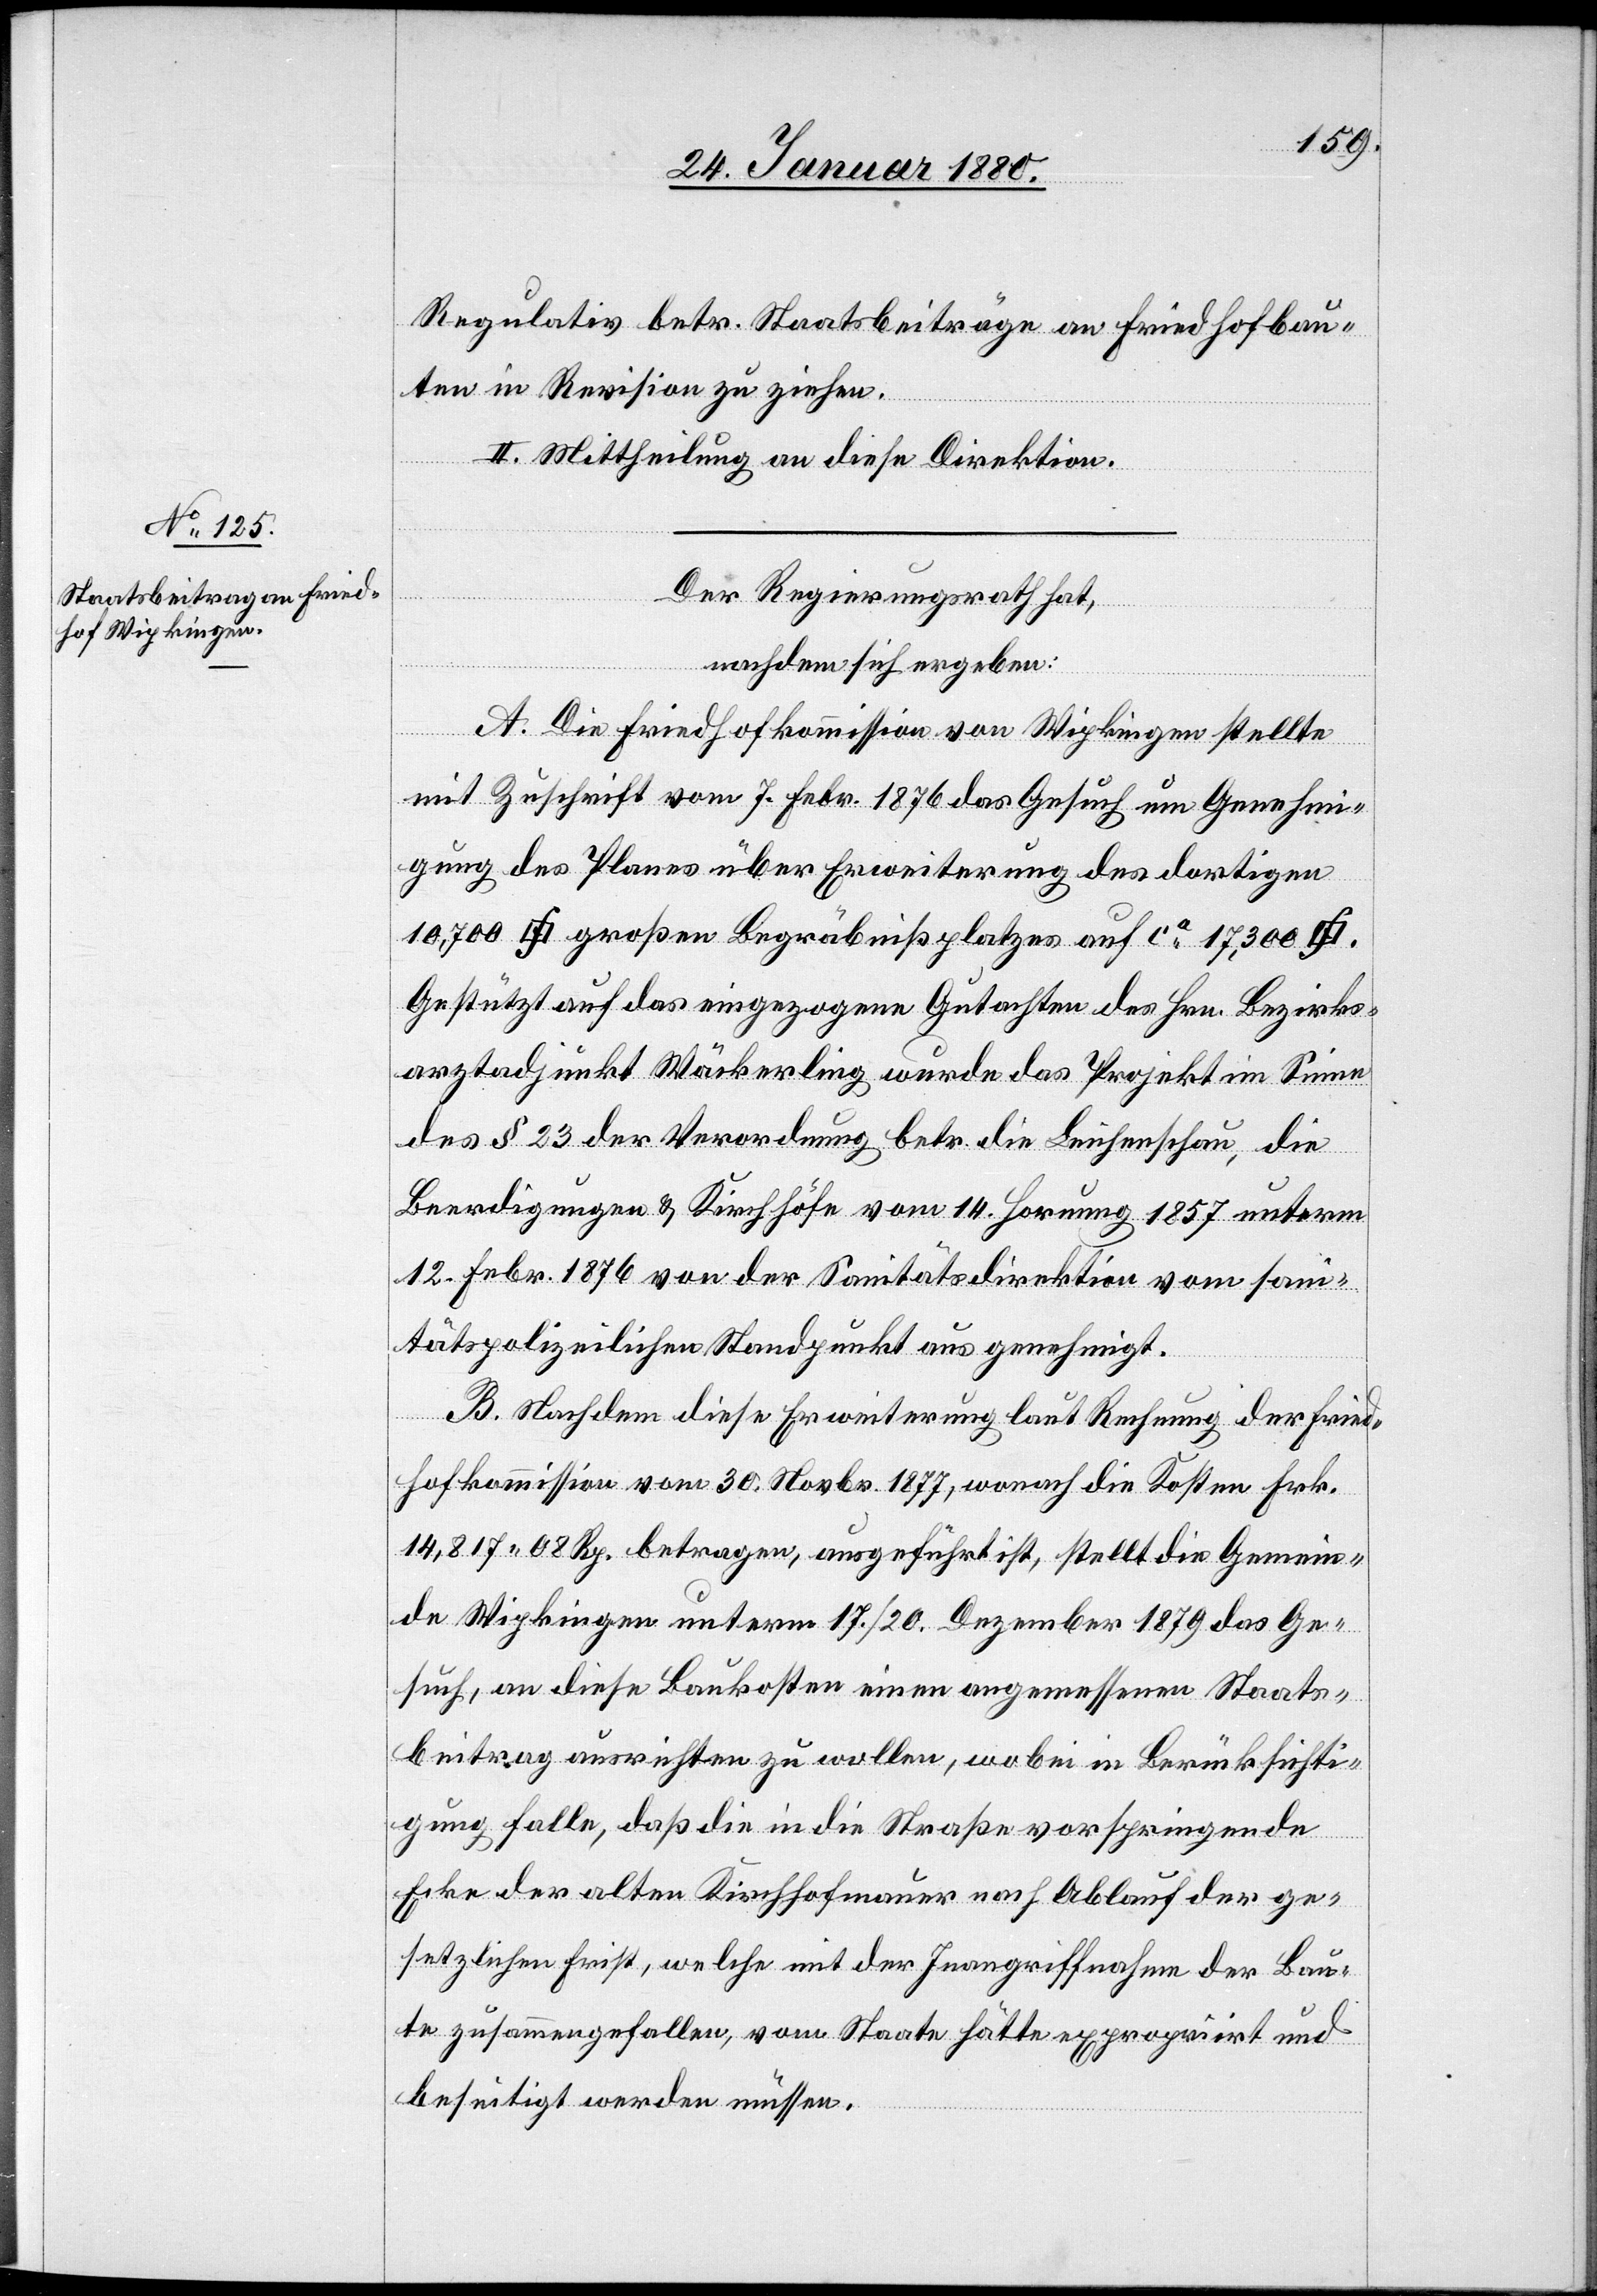
Regulativ betr. Staatsbeiträge an Friedhofbau¬
ten in Revision zu ziehen.
Der Regierungsrath hat,
nachdem sich ergeben:
A. Die Friedhofkommission von Wipkingen stellte
mit Zuschrift vom 7. Febr. 1876 das Gesuch um Genehmi¬
gung des Planes über Erweiterung des dortigen
Gestützt auf das eingegangene Gutachten des Hrn. Bezirks¬
arztadjunkt Wäckerling wurde das Projekt im Sinne
des § 23 der Verordnung betr. die Leichenschau, die
Beerdigung & Kirchhöfe vom 14. Hornung 1857 unterm
12. Febr. 1876 von der Sanitätsdirektion vom san¬
itätspolizeilichen Standpunkt aus genehmigt.
B. Nachdem diese Erweiterung laut Rechnung der Fried¬
hofkommission vom 30. Novbr. 1877, wonach die Kosten Frk.
14, 817.08 Rp. betragen, ausgeführt ist, stellt die Gemein¬
de Wipkingen unterm 17. / 20. Dezember 1879 das Ge¬
such, an diese Baukosten einen angemessenen Staats¬
beitrag ausrichten zu wollen, wobei in Berücksichti¬
gung falle, daß die in die Straße vorspringende
Ecke der alten Kirchhofmauer nach Ablauf der ge¬
setzlichen Frist, welche mit der Inangriffnahme der Baute
beseitigt werden müssen.